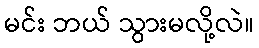
မင်း ဘယ် သွားမလို့လဲ။